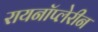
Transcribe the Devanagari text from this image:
रायनॉप्लेरीन